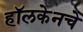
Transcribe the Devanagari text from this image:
हॉलकेनचे